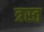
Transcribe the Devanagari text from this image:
त्रस्‍त